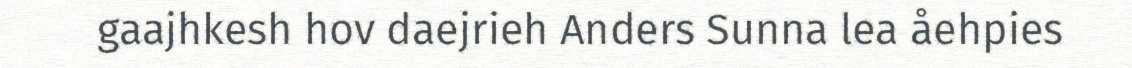
gaajhkesh hov daejrieh Anders Sunna lea åehpies